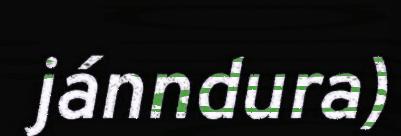
jánndura)